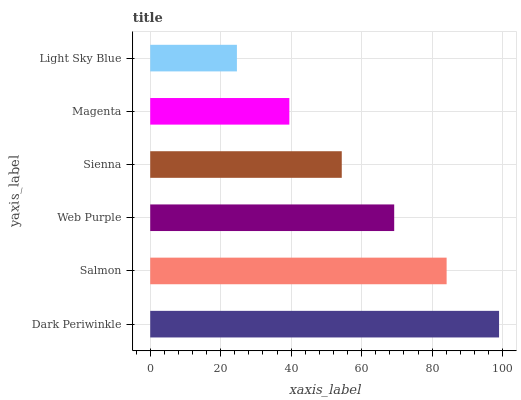
| yaxis_label | bars |
 | --- | --- |
 | Dark Periwinkle | 99 |
 | Salmon | 84.1 |
 | Web Purple | 69.2 |
 | Sienna | 54.4 |
 | Magenta | 39.5 |
 | Light Sky Blue | 24.6 |